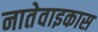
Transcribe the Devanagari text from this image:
नातेवाइकास